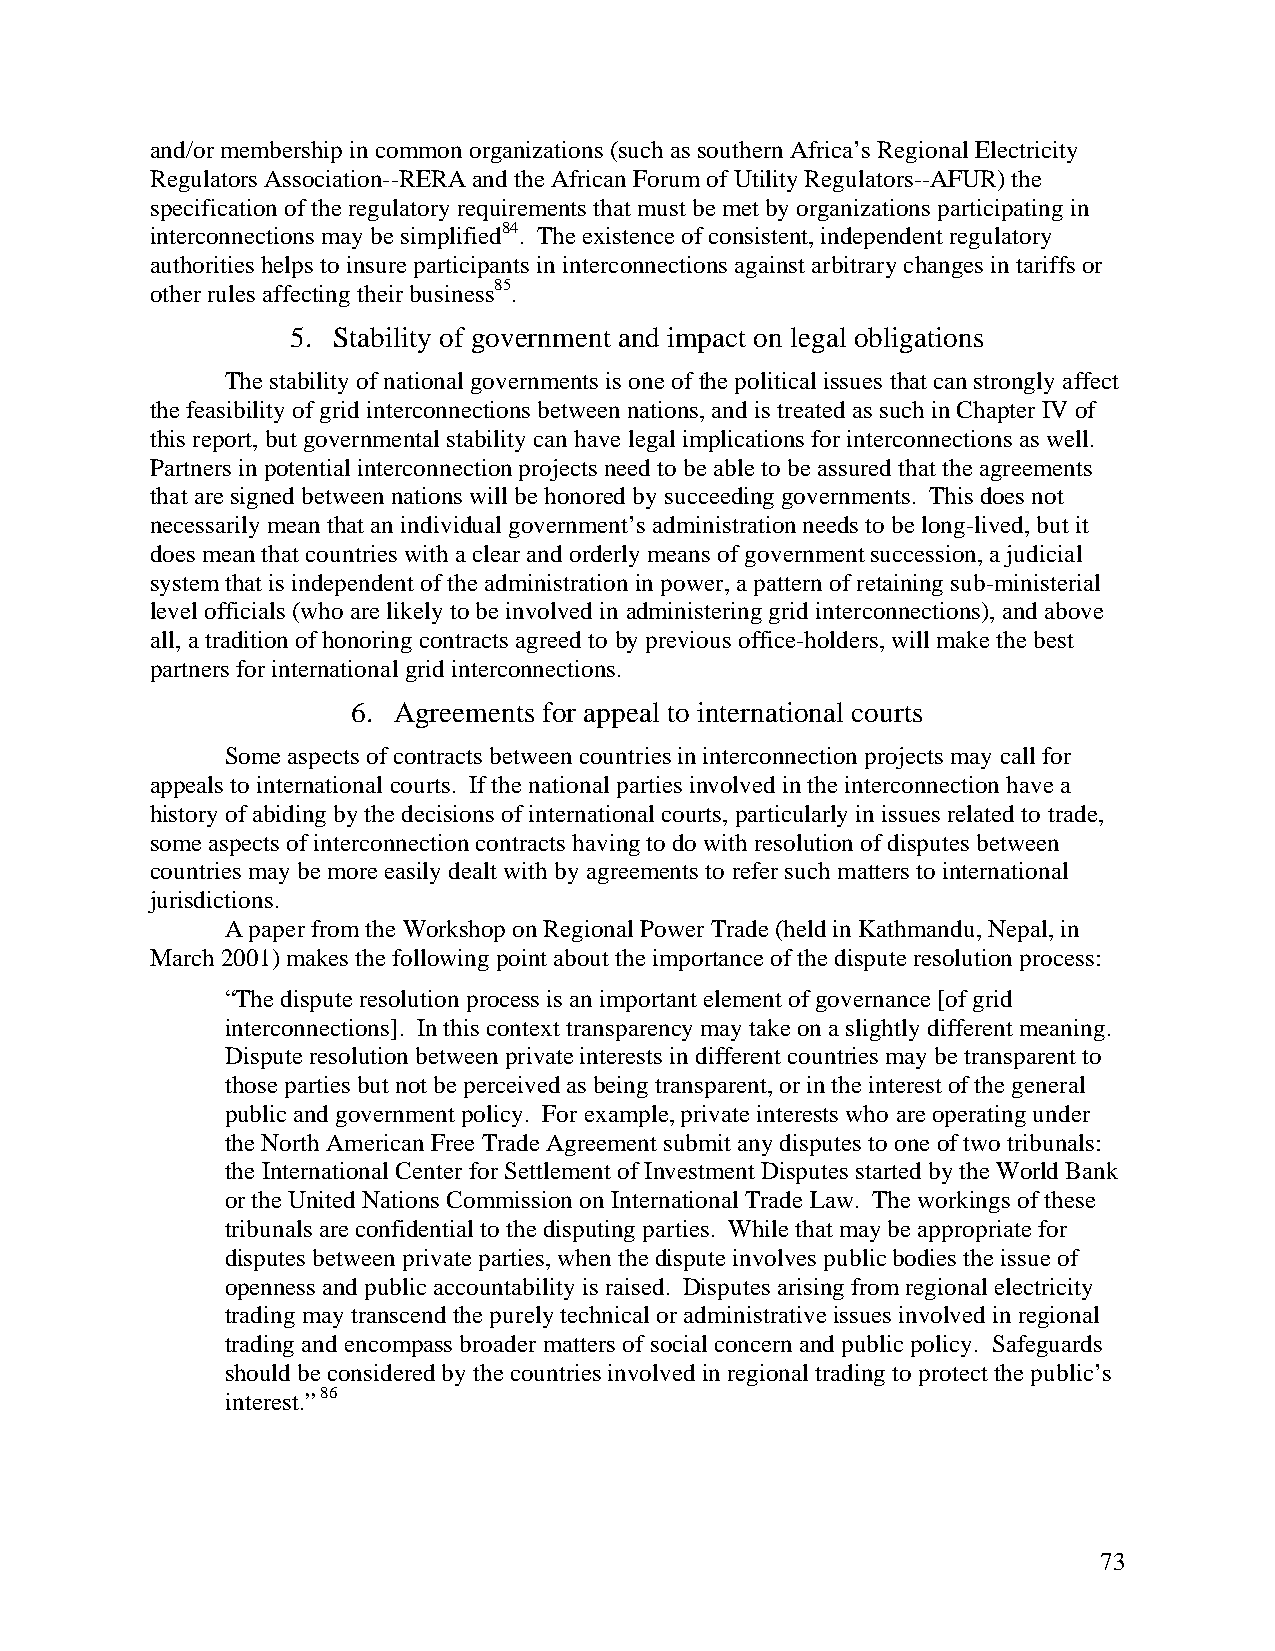
and/or membership in common organizations (such as southern Africa’s Regional Electricity
 Regulators Association--RERA and the African Forum of Utility Regulators--AFUR) the
 specification of the regulatory requirements that must be met by organizations participating in
 interconnections may be simplified84. The existence of consistent, independent regulatory
 authorities helps to insure participants in interconnections against arbitrary changes in tariffs or
 other rules affecting their business85.
 5. Stability of government and impact on legal obligations
 The stability of national governments is one of the political issues that can strongly affect
 the feasibility of grid interconnections between nations, and is treated as such in Chapter IV of
 this report, but governmental stability can have legal implications for interconnections as well.
 Partners in potential interconnection projects need to be able to be assured that the agreements
 that are signed between nations will be honored by succeeding governments. This does not
 necessarily mean that an individual government’s administration needs to be long-lived, but it
 does mean that countries with a clear and orderly means of government succession, a judicial
 system that is independent of the administration in power, a pattern of retaining sub-ministerial
 level officials (who are likely to be involved in administering grid interconnections), and above
 all, a tradition of honoring contracts agreed to by previous office-holders, will make the best
 partners for international grid interconnections.
 6. Agreements for appeal to international courts
 Some aspects of contracts between countries in interconnection projects may call for
 appeals to international courts. If the national parties involved in the interconnection have a
 history of abiding by the decisions of international courts, particularly in issues related to trade,
 some aspects of interconnection contracts having to do with resolution of disputes between
 countries may be more easily dealt with by agreements to refer such matters to international
 jurisdictions.
 A paper from the Workshop on Regional Power Trade (held in Kathmandu, Nepal, in
 March 2001) makes the following point about the importance of the dispute resolution process:
 “The dispute resolution process is an important element of governance [of grid
 interconnections]. In this context transparency may take on a slightly different meaning.
 Dispute resolution between private interests in different countries may be transparent to
 those parties but not be perceived as being transparent, or in the interest of the general
 public and government policy. For example, private interests who are operating under
 the North American Free Trade Agreement submit any disputes to one of two tribunals:
 the International Center for Settlement of Investment Disputes started by the World Bank
 or the United Nations Commission on International Trade Law. The workings of these
 tribunals are confidential to the disputing parties. While that may be appropriate for
 disputes between private parties, when the dispute involves public bodies the issue of
 openness and public accountability is raised. Disputes arising from regional electricity
 trading may transcend the purely technical or administrative issues involved in regional
 trading and encompass broader matters of social concern and public policy. Safeguards
 should be considered by the countries involved in regional trading to protect the public’s
 interest.” 86
 73